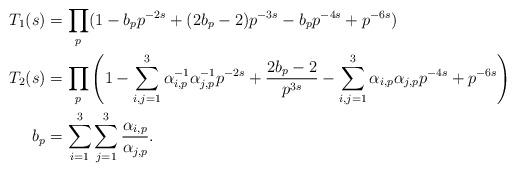
LaTeX: \begin{align*} T_1(s) &= \prod_p (1 - b_p p^{-2s} + (2b_p-2) p^{-3s} -b_p p^{-4s} + p^{-6s}) \\ T_2(s) &= \prod_p \left(1 - \sum_{i,j=1}^3 \alpha_{i,p}^{-1} \alpha_{j,p}^{-1}p^{-2s} + \frac{2b_p - 2}{p^{3s}} - \sum_{i,j=1}^3 \alpha_{i,p} \alpha_{j,p}p^{-4s} + p^{-6s}\right) \\ b_p &= \sum_{i=1}^3 \sum_{j=1}^3 \frac{\alpha_{i,p}}{\alpha_{j,p}}. \end{align*}